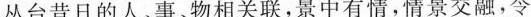
丛台昔日的人。事、物相关联，景中有情，情景交融，令